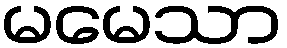
မမေသာ